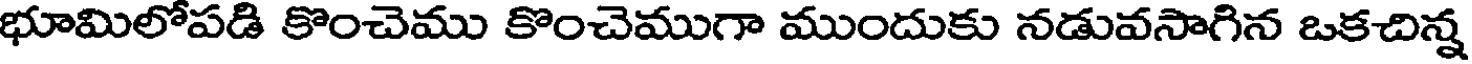
భూమిలోపడి కొంచెము కొంచెముగా ముందుకు నడువసాగిన ఒకచిన్న